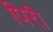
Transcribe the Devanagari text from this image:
पिरी